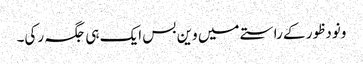
ونودظور کے راستے میں وین بس ایک ہی جگہ رکی۔